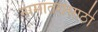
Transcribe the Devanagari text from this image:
नामांतरासाठी